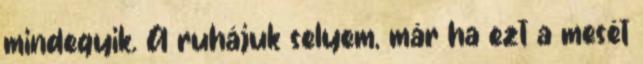
mindegyik. A ruhájuk selyem, már ha ezt a mesét